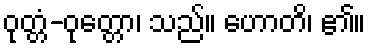
ဝုတ္တံ-ဝုတ္တော၊ သည်။ ဟောတိ၊ ၏။